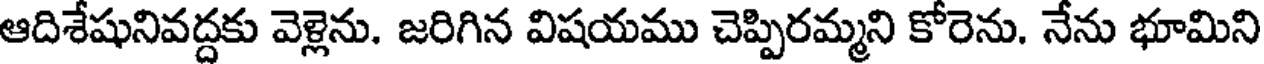
ఆదిశేషునివద్దకు వెళ్లెను. జరిగిన విషయము చెప్పిరమ్మని కోరెను. నేను భూమిని